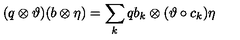
( q \otimes \vartheta ) ( b \otimes \eta ) = \sum _ { k } q b _ { k } \otimes ( \vartheta \circ c _ { k } ) \eta